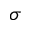
\sigma